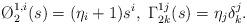
LaTeX: \begin{align*}\O^{1,i}_2(s)= (\eta_i+1) s^i, ~ \Gamma^{1j}_{2k}(s)=\eta_j \delta^j_k.\end{align*}